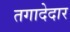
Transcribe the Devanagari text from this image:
तगादेदार